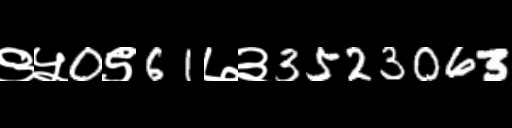
Text: ९५0९61७३3523063